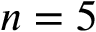
n = 5